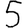
Digit: 5